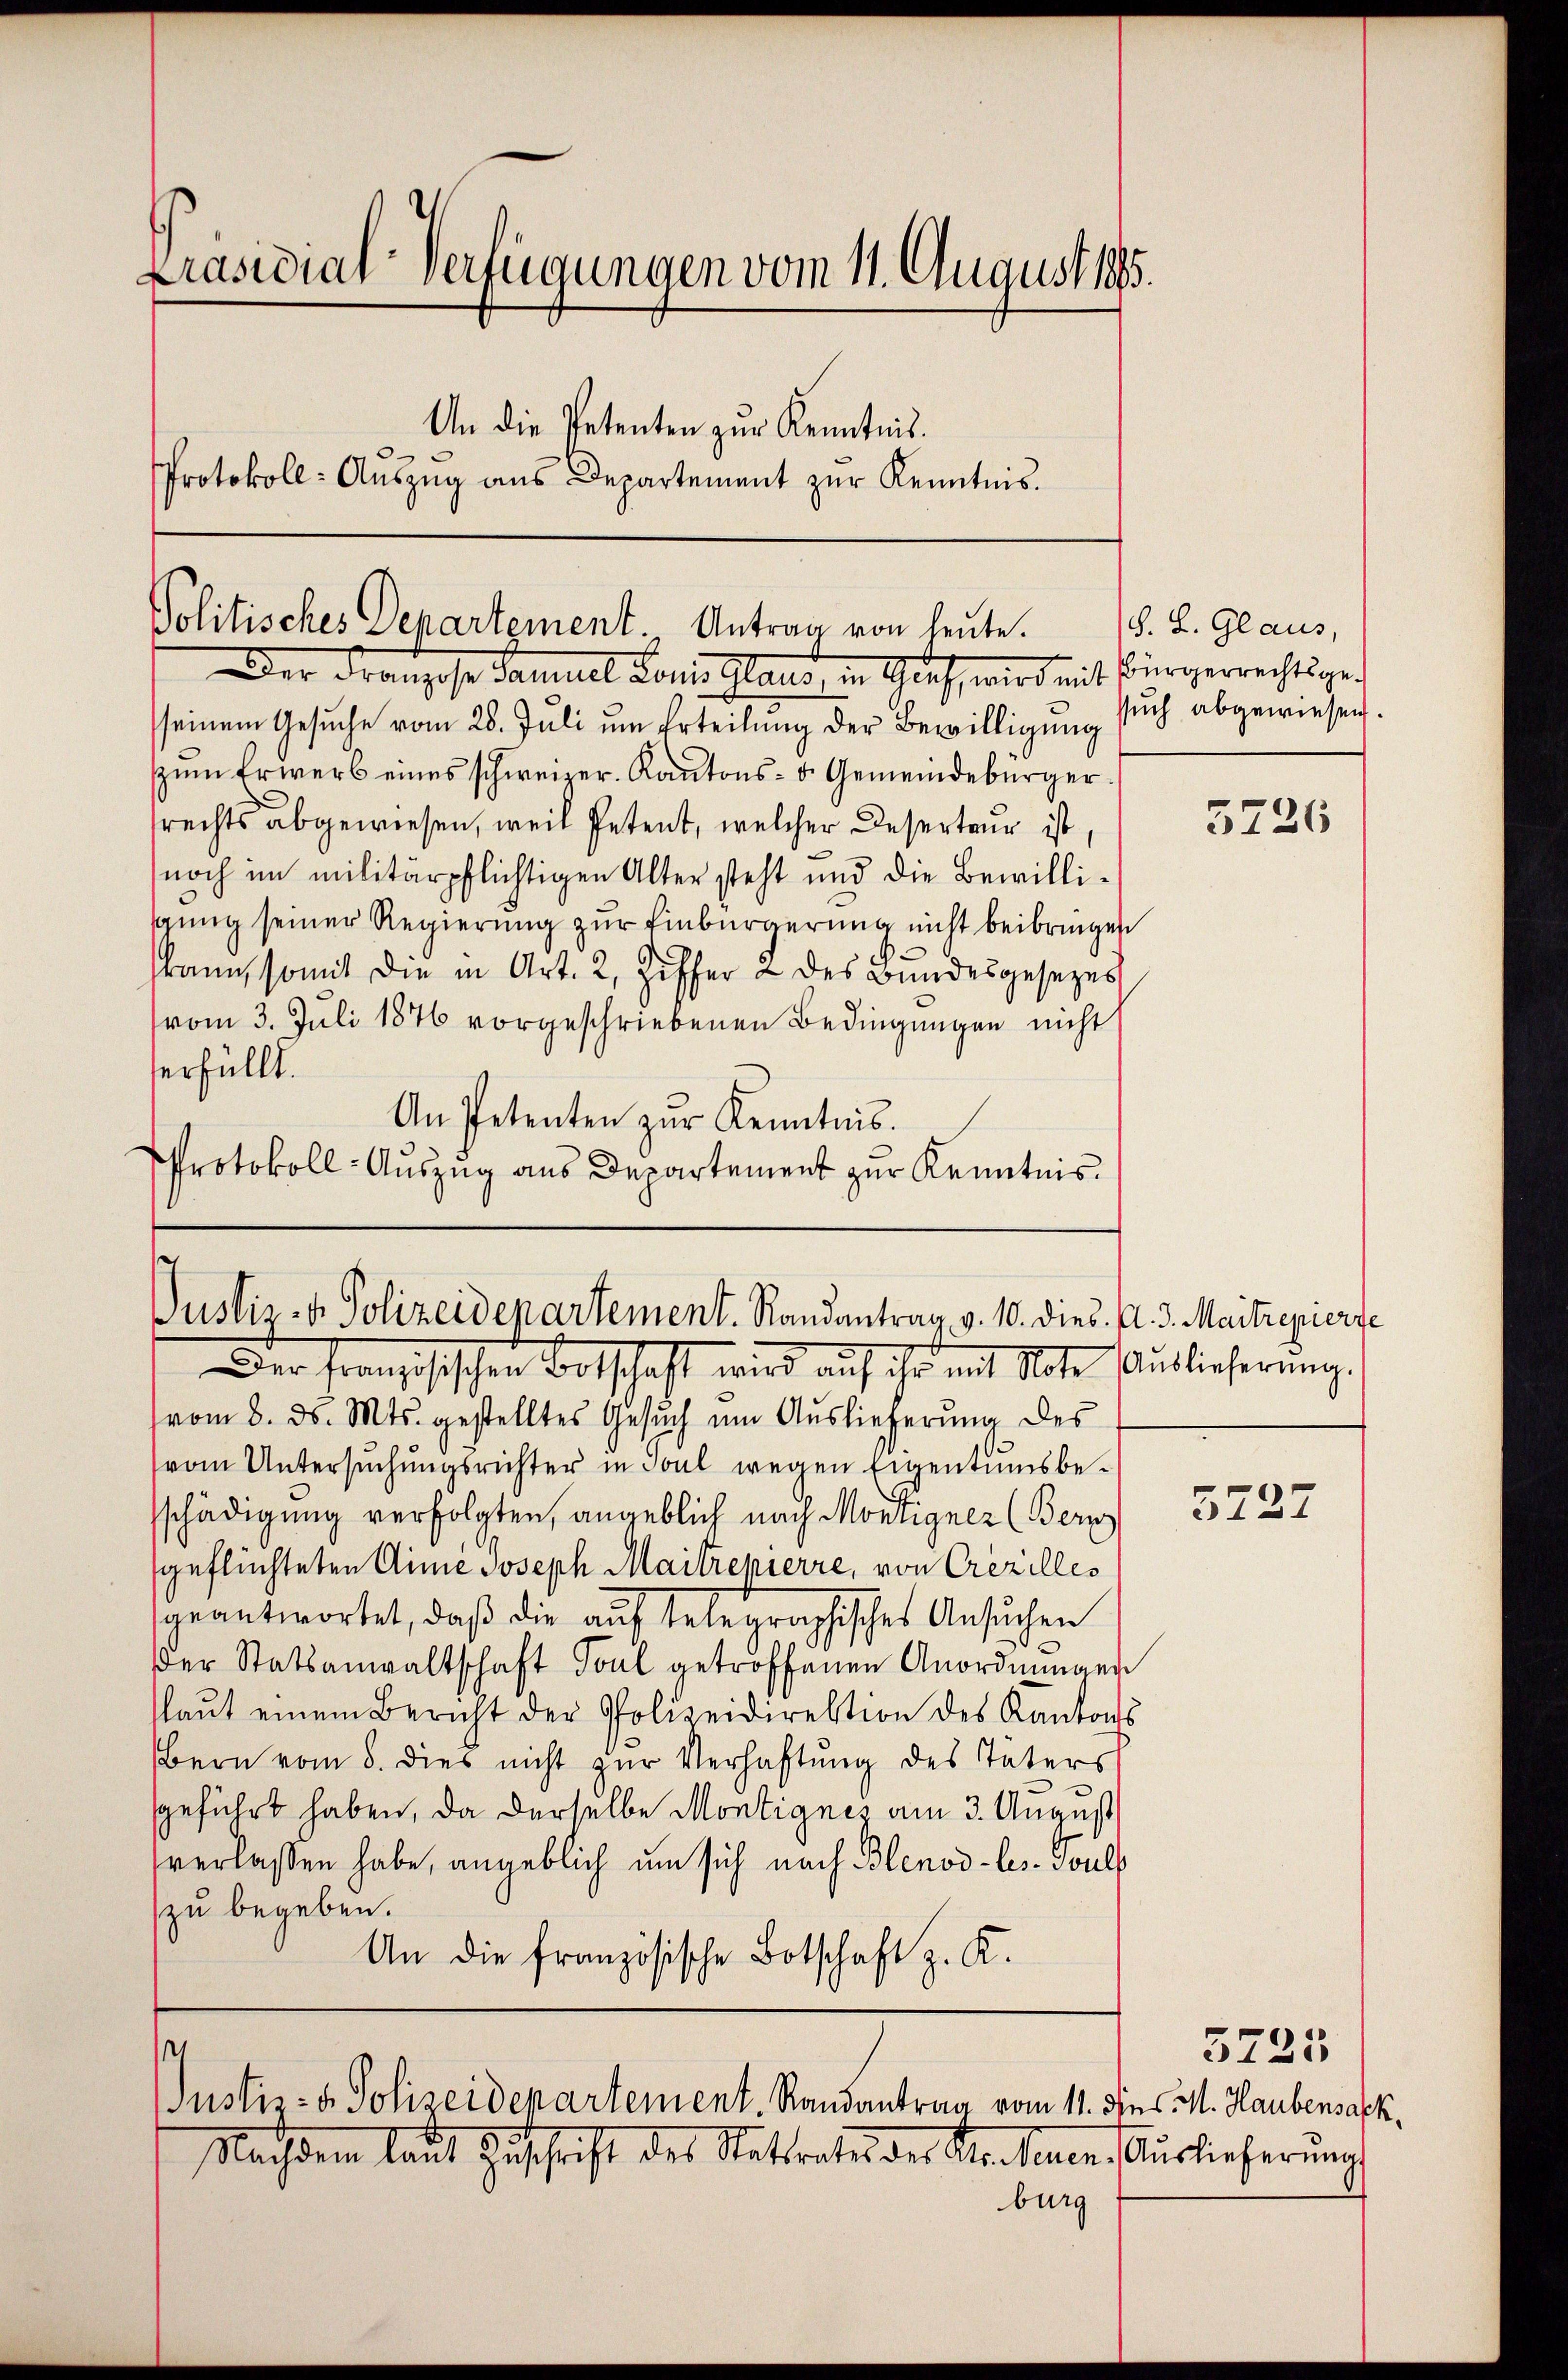
Präsidial-Verfügungen vom 11. August 1895.
An die Petenten zur Kenntnis.
Protokoll- Aŭszŭg aŭs Departement zŭr Kenntnis.

Politisches Departement. Antrag von heute.
Der Franzose Samuel Louis laut in Glich, wird mit Bürgerrechtigen

sseinem Gesuche vom 28. Juli um Erteilung der Bewilligung such abgewiesen.
sŭm Erwerb eines schweizer. Kantons- u. Gemeindebürger.
rechts abgewiesen, weil Petent, welcher Deserteur ist,
noch im militärpflichtigen Alter steht und die Bewillisgung seiner Regierung zur Einbürgerung nicht beibringen
kann, somit die in Art. 2, Ziffer 2 des Bundesgesezes
vom 3. Juli 1876 vorgeschriebenen Bedingungen nicht
erfüllt.
An Petenten zŭr Kenntnis.
Protokoll-Auszug aus Departement zur Kenntnis.

Justiz- & Polizeidepartement. Randantrag v. 10. dies. Al. 3. Maitrepierse
Der Französischen Botschaft wird auf ihr mit Note Auslieferung.

vom 8. d. Mts. gestelltes Gesŭch ŭm Aŭslieferŭng des
(vom Untersuchungsrichter in Joul wegen Eigentumsbesschädigung verfolgten, angeblich nach Montigner (Bern
geflüchteten Aline Joseph Maitrepierre, von Crezilles
geantwortet, daß die auf telegraphisches Ansuchen
der Statsanwaltschaft Toul getroffenen Anordnungen
(laŭt einem Bericht der Polizeidirektion des Kantons
Bern vom 8. dies nicht zur Verhaftung des Täters
geführt haben, da derselbe Montignez am 3. August
verlassen habe, angeblich um sich nach Blenod-les. Touls
zu begeben.
An die französische Botschaft z. K.

1
Justiz- & Polizeidepartement, Randantrag vom 11. dies V. Haubensack,

G. L. Glaus,

Nachdem laut Zuschrift des Natrate des Rer. Neuen Auslieferung
burg

5726

3227

5225